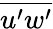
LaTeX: \overline{{u^{\prime}w^{\prime}}}